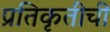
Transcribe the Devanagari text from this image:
प्रतिकृतीची